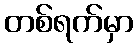
တစ်ရက်မှာ